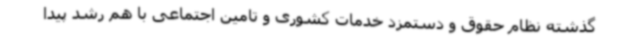
گذشته نظام حقوق و دستمزد خدمات کشوری و تامین اجتماعی با هم رشد پیدا